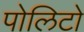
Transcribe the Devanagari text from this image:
पोलिटो